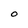
Character: O